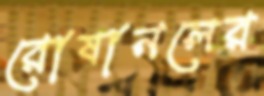
রোষানলের